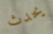
يحدث